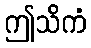
ဤသိကံ